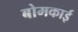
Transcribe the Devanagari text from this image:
बोमकाई